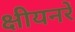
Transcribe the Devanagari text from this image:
क्षीयनरें